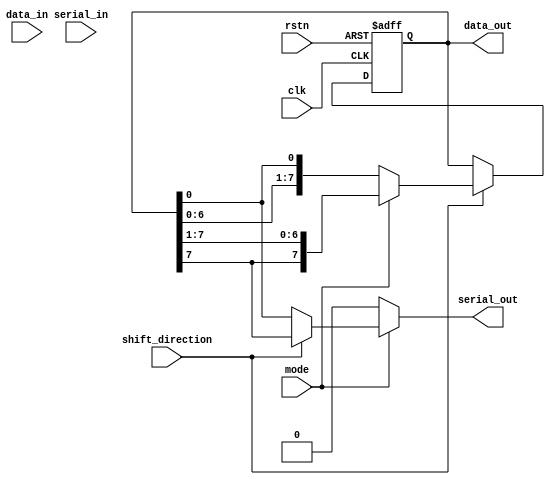
module universal_shift_register (
    input wire clk,
    input wire rstn,
    input wire shift_direction,
    input wire mode,
    input wire [7:0] data_in,
    input wire serial_in,
    output reg [7:0] data_out,
    output reg serial_out
);

reg [7:0] shift_reg;

always @(posedge clk or negedge rstn) begin
    if (~rstn) begin
        shift_reg <= 8'h00; // Initialize shift register to 0
    end else begin
        // Shift data based on control signals
        if (shift_direction) begin
            if (mode) begin // Right shift mode
                if (serial_in) begin
                    shift_reg[0] <= data_in[7];
                end
                shift_reg <= {shift_reg[7], shift_reg[7:1]};
            end else begin // Left shift mode
                if (serial_in) begin
                    shift_reg[7] <= data_in[0];
                end
                shift_reg <= {shift_reg[6:0], shift_reg[0]};
            end
        end
    end
end

// Assign outputs based on mode
always @* begin
    if (mode) begin // Serial mode
        if (shift_direction) begin // Right shift
            data_out = shift_reg;
            serial_out = shift_reg[7];
        end else begin // Left shift
            data_out = shift_reg;
            serial_out = shift_reg[0];
        end
    end else begin // Parallel mode
        data_out = shift_reg;
        serial_out = 0;
    end
end

endmodule